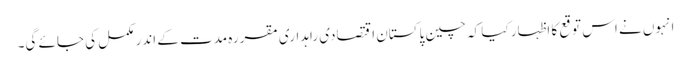
انہوں نے اس توقع کا اظہار کیا کہ چین پاکستان اقتصادی راہداری مقررہ مدت کے اندر مکمل کی جائے گی۔